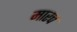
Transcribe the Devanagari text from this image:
मारच